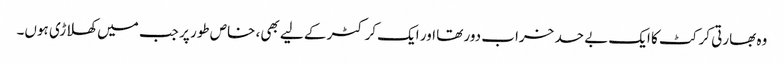
وہ بھارتی کرکٹ کا ایک بے حد خراب دور تھا اور ایک کرکٹر کے لیے بھی، خاص طور پر جب میں کھلاڑی ہوں۔